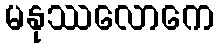
မနုဿလောကေ